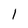
Character: I